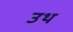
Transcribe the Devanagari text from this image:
उथ